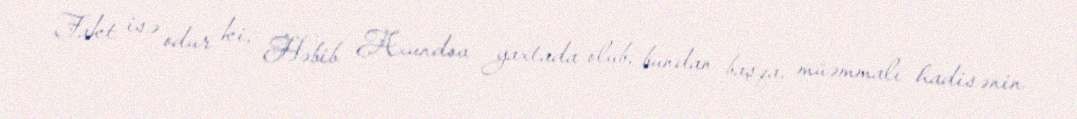
Fakt isə odur ki, Həbib Axundov yaxtada olub, bundan başqa, müəmmalı hadisənin